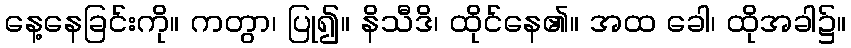
နေ့နေခြင်းကို။ ကတွာ၊ ပြု၍။ နိသီဒိ၊ ထိုင်နေ၏။ အထ ခေါ၊ ထိုအခါ၌။